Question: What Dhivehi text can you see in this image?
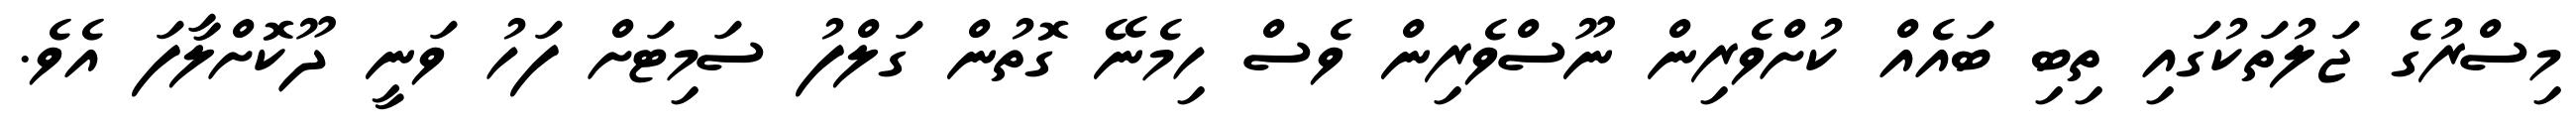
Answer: މިސްރުގެ ޖަލުތަކުގައި ތިބި ބައެއް ކުށްވެރިން ނޫސްވެރިން ވެސް ހިމެނޭ ގޮތުން ގަލްފު ސަމިޓަށް ފަހު ވަނީ ދޫކޮށްލާފަ އެވެ.